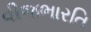
વીજભારતિ